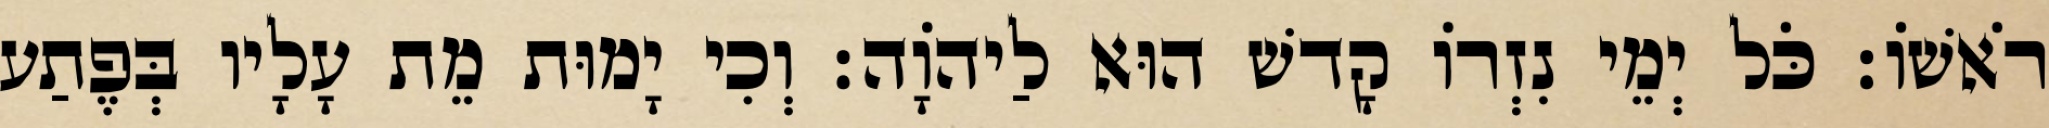
רֹאשׁוֹ׃ כֹּל יְמֵי נִזְרוֹ קָדשׁ הוּא לַיהוָֹה׃ וְכִי יָמוּת מֵת עָלָיו בְּפֶתַע